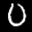
Label: 0